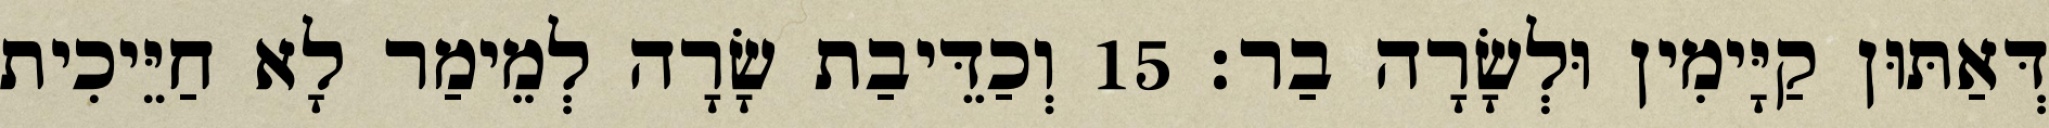
דְּאַתּוּן קַיָּימִין וּלְשָׂרָה בַר׃ 15 וְכַדֵּיבַת שָׂרָה לְמֵימַר לָא חַיֵּיכִית